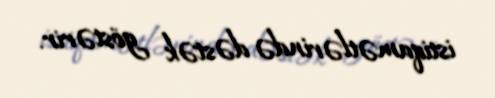
istiqamətlərində dəstək göstərir.